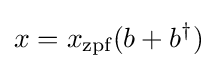
x=x_{\text{zpf}}(b+b^{\dagger })